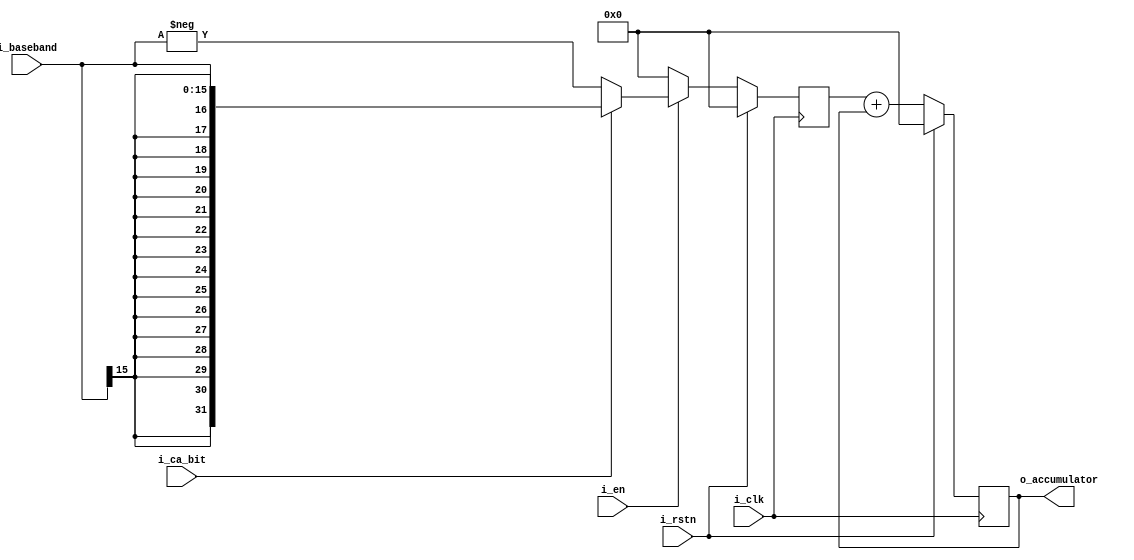
`timescale 1ns / 1ps
//////////////////////////////////////////////////////////////////////////////////
// Company: 
// Engineer: 
// 
// Design Name: 
// Module Name: track_accumulator
// Project Name: 
// Target Devices: 
// Tool Versions: 
// Description: 
// 
// Dependencies: 
// 
// Revision:
// Revision 0.01 - File Created
// Additional Comments:
// 
//////////////////////////////////////////////////////////////////////////////////


module track_accumulator#(
    parameter INPUT_WIDTH = 'd16,
    parameter OUTPUT_WIDTH = 'd32
)
(
    input i_clk,
    input i_rstn,
    input i_en,
    input [(INPUT_WIDTH-1):0] i_baseband,
    input i_ca_bit,
    output reg [(OUTPUT_WIDTH-1):0] o_accumulator
);

reg [(OUTPUT_WIDTH-1):0] r_accum;

// Remove CA Bit and Sing Extend
wire[(OUTPUT_WIDTH-1):0] ca_removed;

assign ca_removed = i_en ? (i_ca_bit ? $signed(i_baseband) : -$signed(i_baseband)) : 0;

// Accumulate
// Delay r_accum to meet timing 
always @(posedge i_clk) begin
    if(i_rstn == 1'b1)begin
        r_accum <= 0;
        o_accumulator <= 0;
    end else begin
        r_accum <= ca_removed;
        o_accumulator <=  r_accum + o_accumulator;
    end

end

endmodule